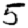
Digit: 5